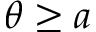
\theta \ge a